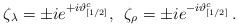
\begin{align*}\zeta_\lambda = \pm ie^{+i\vartheta^c_{[1/2]}},\,\,\,\zeta_\rho = \pm ie^{-i\vartheta^c_{[1/2]}}\, .\end{align*}